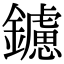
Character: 鑢